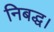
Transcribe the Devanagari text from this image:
निबद्ध।